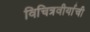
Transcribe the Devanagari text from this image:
विचित्रवीर्याची